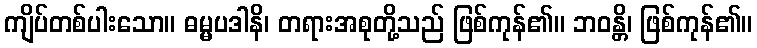
ကျိပ်တစ်ပါးသော။ ဓမ္မပဒါနိ၊ တရားအစုတို့သည် ဖြစ်ကုန်၏။ ဘဝန္တိ၊ ဖြစ်ကုန်၏။